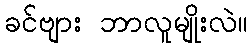
ခင်ဗျား ဘာလူမျိုးလဲ။